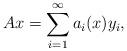
LaTeX: \begin{align*}Ax=\sum_{i=1}^\infty a_i(x)y_i,\end{align*}